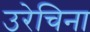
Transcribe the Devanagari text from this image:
उरेचिना